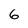
Character: 6